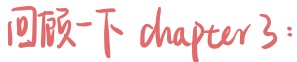
回顾一下 chapter 3：